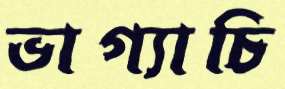
ভাগ্যাচি